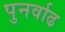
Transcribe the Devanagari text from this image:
पुनर्वाढ